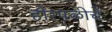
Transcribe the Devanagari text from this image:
होरपळीचे